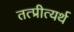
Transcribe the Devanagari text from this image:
तत्प्रीत्यर्थ